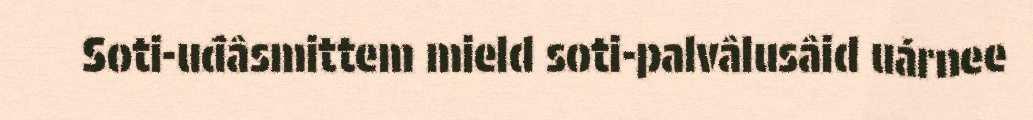
Soti-uđâsmittem mield soti-palvâlusâid uárnee